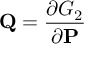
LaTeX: \mathbf { Q } = { \frac { \partial G _ { 2 } } { \partial \mathbf { P } } }